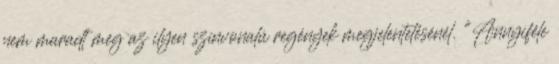
nem maradt meg az ilyen színvonalú regények megjelentetésénél. "Annyiféle